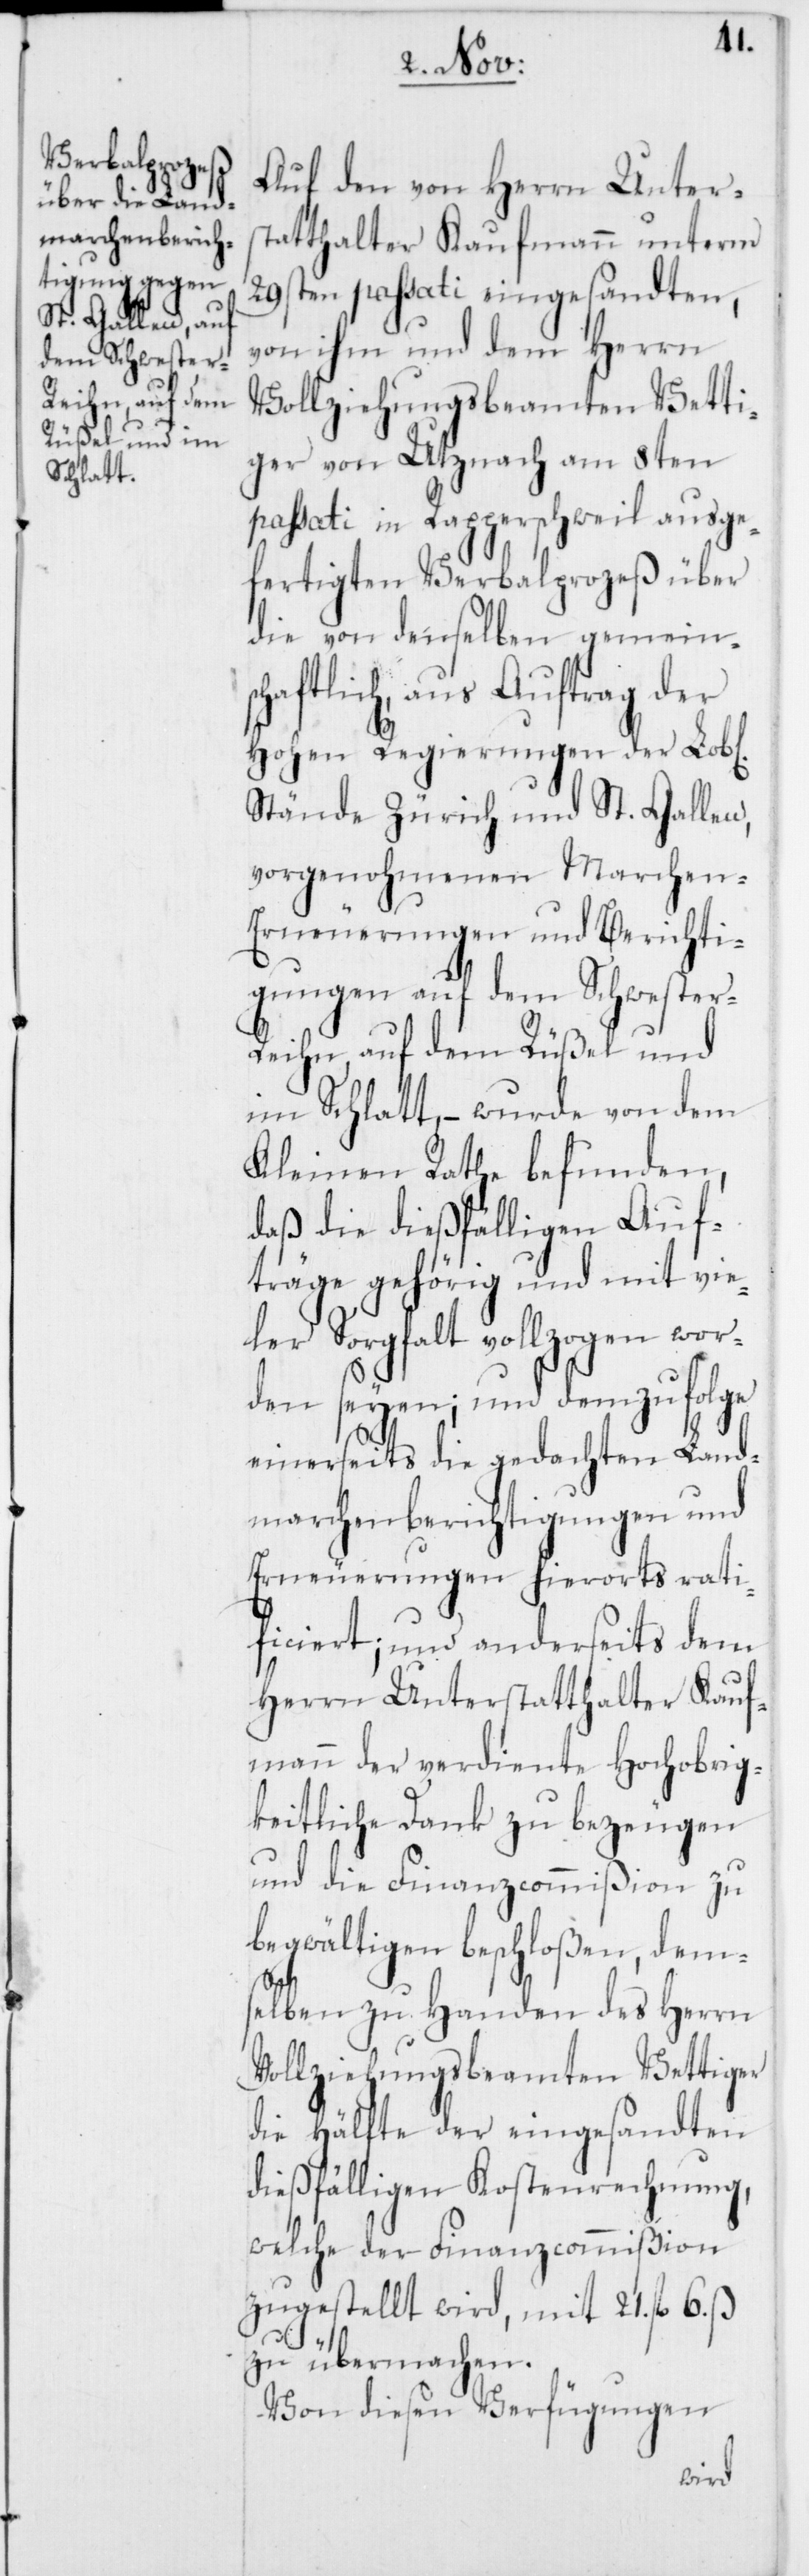
ichen]
Auf den von Herrn Unters¬
tatthalter Kaufmann unterm
29sten passati eingesandten,
von ihm und dem Herrn
Vollziehungsbeamten Vetti¬
ger von Utznach am 8ten
passati in Rappersweil ausge¬
fertigten Verbalprozeß über
die von denselben gemeins¬
chaftlich, aus Auftrag der
Hohen Regierungen der Lob[l¬
Stände Zürich und St. Gallen,
vorgenohmenen Marchen-E¬
rneuerungen und Berichti¬
gungen auf dem Schwester-R¬
eihn, auf dem Rüßel und
im Schlatt, – wurde von dem
Kleinen Rathe befunden,
daß die dießfälligen Auf¬
träge gehörig und mit vie¬
ler Sorgfalt vollzogen wor¬
den seyen; und demzufolge
einerseits die gedachten Land¬
marchenberichtigungen und
Erneuerungen hierorts rati¬
ficiert; und anderseits dem
Herrn Unterstatthalter Kauf¬
mann der verdiente Hochobrig¬
keitliche Dank zu bezeugen
und die Finanzcommißion zu
begwältigen beschloßen, dem¬
selben zu Handen des Herrn
Vollziehungsbeamten Vettiger
die Hälfte der eingesandten
dießfälligen Kostenrechnung,
welche der Finanzcommißion
zugestellt wird, mit 21. fl.
ß
zu übermachen.
Von diesen Verfügungen